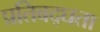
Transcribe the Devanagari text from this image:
प्रतिबद्घता